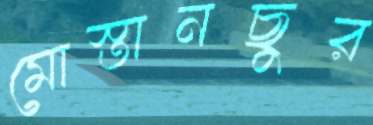
মোস্তানছুর